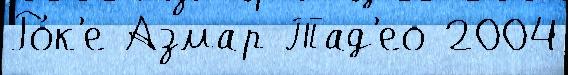
Ро́к'е Азмар Тад'ео 2004